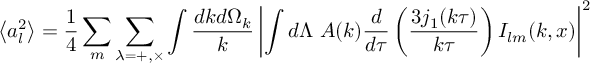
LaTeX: \left\langle a _ { l } ^ { 2 } \right\rangle = { \frac { 1 } { 4 } } \sum _ { m } \sum _ { \lambda = + , \times } \int { \frac { d k d \Omega _ { k } } { k } } \left| \int d \Lambda \ A ( k ) { \frac { d } { d \tau } } \left( { \frac { 3 j _ { 1 } ( k \tau ) } { k \tau } } \right) I _ { l m } ( k , x ) \right| ^ { 2 }